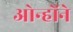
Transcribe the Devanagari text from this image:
ओन्होंने